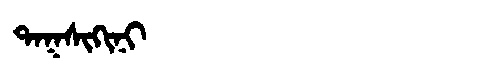
Manchu: ᡨᠠᡴᠰᡳᡴᡳᠨᡳ
Romanization: TAKSIKINI